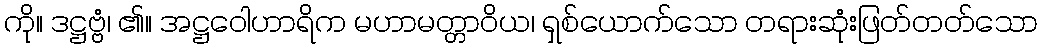
ကို။ ဒဋ္ဌဗ္ဗံ၊ ၏။ အဋ္ဌဝေါဟာရိက မဟာမတ္တာဝိယ၊ ရှစ်ယောက်သော တရားဆုံးဖြတ်တတ်သော